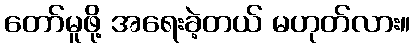
တော်မူဖို့ အရေးခဲ့တယ် မဟုတ်လား။